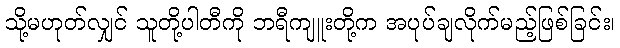
သို့မဟုတ်လျှင် သူတို့ပါတီကို ဘရီကျူးတို့က အပုပ်ချလိုက်မည့်ဖြစ်ခြင်း၊